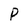
Character: P